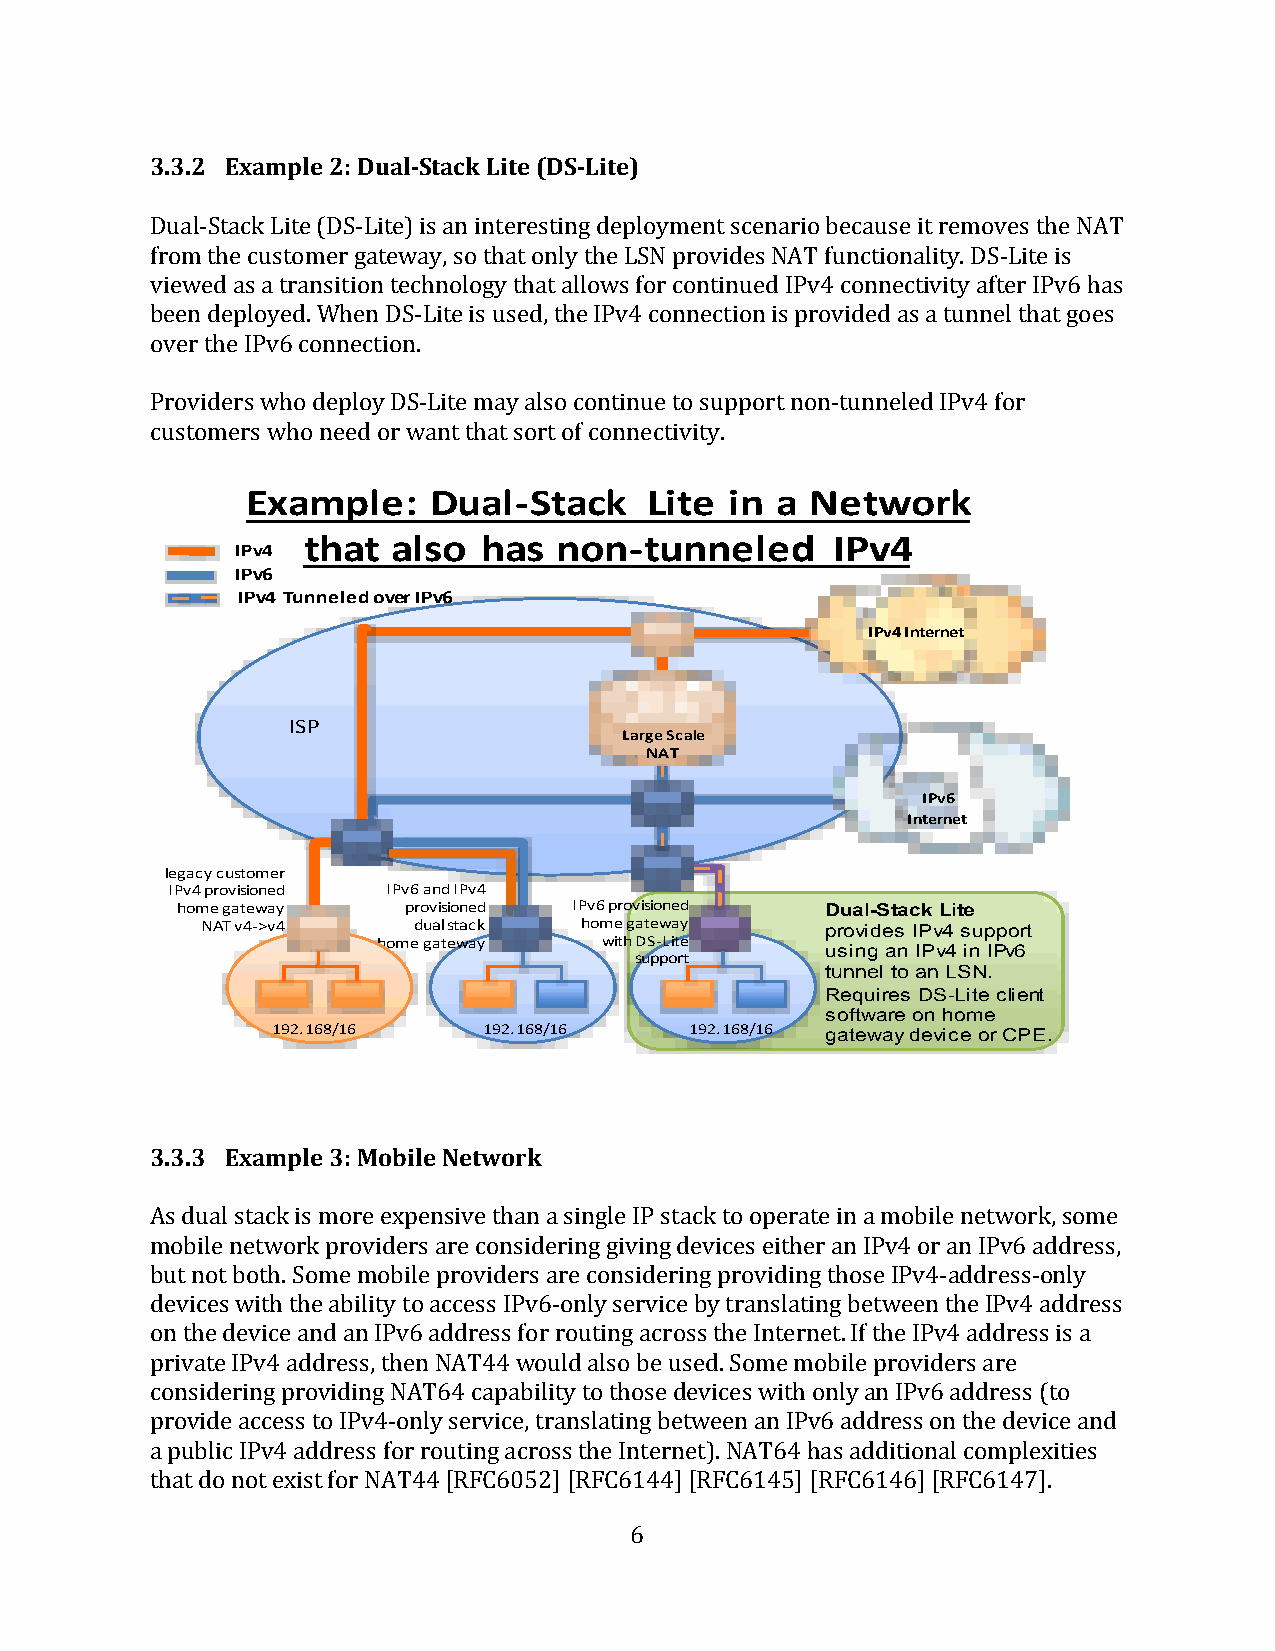
3.3.2 Example 2: Dual-­‐Stack Lite (DS-­‐Lite)
 Dual-­‐Stack Lite (DS-­‐Lite) is an interesting deployment scenario because it removes the NAT
 from the customer gateway, so that only the LSN provides NAT functionality. DS-­‐Lite is
 viewed as a transition technology that allows for continued IPv4 connectivity after IPv6 has
 been deployed. When DS-­‐Lite is used, the IPv4 connection is provided as a tunnel that goes
 over the IPv6 connection.
 Providers who deploy DS-­‐Lite may also continue to support non-­‐tunneled IPv4 for
 customers who need or want that sort of connectivity.
 Example:    Dual-­‐Stack   Lite in a  Network
 that  also  has  non-­‐tunneled    IPv4
 IPv4
 IPv6
 IPv4 Tunneled over IPv6
 IPv4 Internet
 ISP
 CarLraiergr eg rSacdaele
 NANTAT
 IPv6
 Internet
 legacy customer
 IPv4 provisioned IPv6 and IPv4
 home gateway   provisioned IPv6 provisioned Dual-Stack Lite
 NAT v4-­‐>v4  dual stack home gateway     provides IPv4 support
 home gateway   with DS-­‐Lite
 using an IPv4 in IPv6
 support
 tunnel to an LSN.
 Requires DS-Lite client
 software on home
 192.168/16    192.168/16    192.168/16 gateway device or CPE.
 3.3.3 Example 3: Mobile Network
 As dual stack is more expensive than a single IP stack to operate in a mobile network, some
 mobile network providers are considering giving devices either an IPv4 or an IPv6 address,
 but not both. Some mobile providers are considering providing those IPv4-­‐address-­‐only
 devices with the ability to access IPv6-­‐only service by translating between the IPv4 address
 on the device and an IPv6 address for routing across the Internet. If the IPv4 address is a
 private IPv4 address, then NAT44 would also be used. Some mobile providers are
 considering providing NAT64 capability to those devices with only an IPv6 address (to
 provide access to IPv4-­‐only service, translating between an IPv6 address on the device and
 a public IPv4 address for routing across the Internet). NAT64 has additional complexities
 that do not exist for NAT44 [RFC6052] [RFC6144] [RFC6145] [RFC6146] [RFC6147].
 6